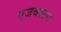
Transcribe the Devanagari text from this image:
एजबस्टन